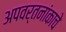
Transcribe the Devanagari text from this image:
अपवर्तनांकाचे